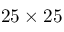
2 5 \times 2 5